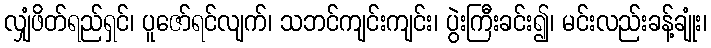
လျှံဖိတ်ရည်ရှင်၊ ပူဇော်ရင်လျက်၊ သဘင်ကျင်းကျင်း၊ ပွဲးကြီးခင်း၍၊ မင်းလည်းခန့်ချုံး၊